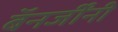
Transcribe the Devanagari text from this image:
बॅनर्जींनी